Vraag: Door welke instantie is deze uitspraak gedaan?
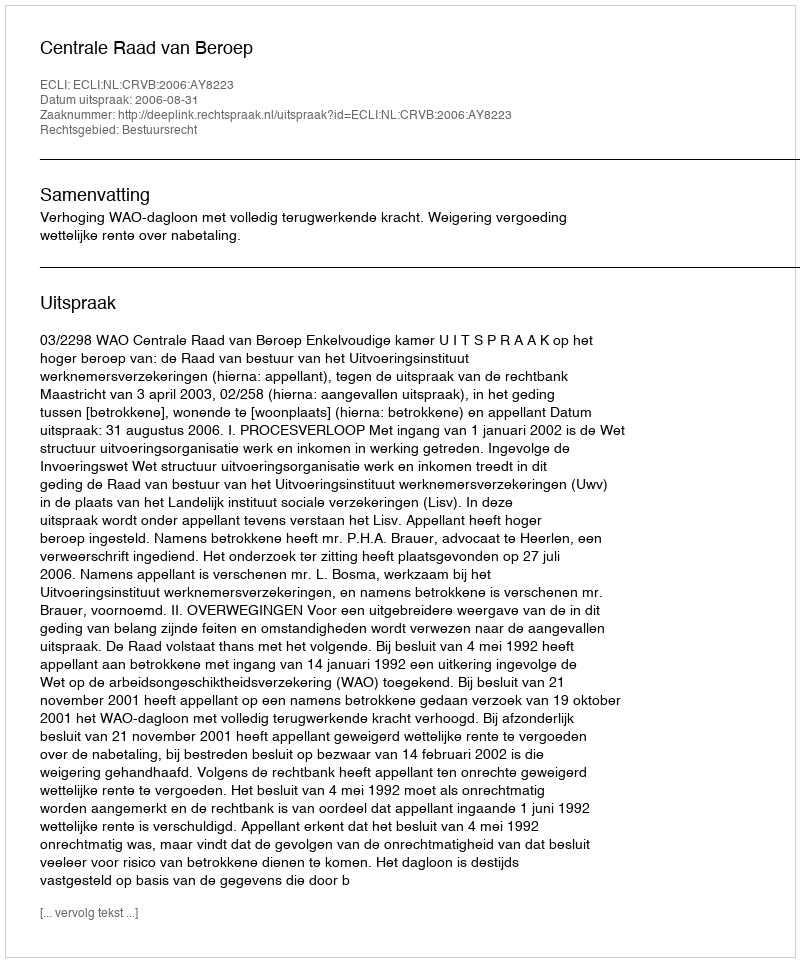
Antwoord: Centrale Raad van Beroep